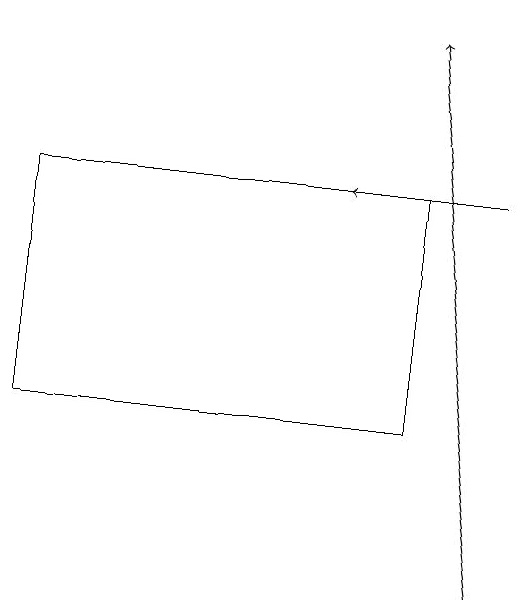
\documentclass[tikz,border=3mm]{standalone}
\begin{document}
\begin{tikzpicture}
\draw[->] (7,11) -- (6,18);
\draw[->] (7,16) -- (5,16);
\draw (1,16) rectangle (6,13);
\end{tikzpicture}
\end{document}